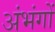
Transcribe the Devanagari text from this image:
अंभंगों